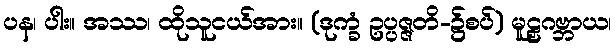
ပန၊ ပါး။ အဿ၊ ထိုသူငယ်အား။ (ဒုက္ခံ ဥပ္ပဇ္ဇတိ-၌စပ်) မူဠှဂဗ္ဘာယ၊